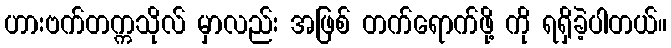
ဟားဗက်တက္ကသိုလ် မှာလည်း အဖြစ် တက်ရောက်ဖို့ ကို ရရှိခဲ့ပါတယ်။